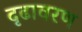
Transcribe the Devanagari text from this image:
दृढावरण